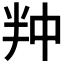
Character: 𭅢